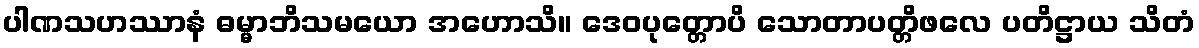
ပါဏသဟဿာနံ ဓမ္မာဘိသမယော အဟောသိ။ ဒေဝပုတ္တောပိ သောတာပတ္တိဖလေ ပတိဋ္ဌာယ သိတံ